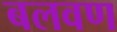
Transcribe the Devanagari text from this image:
बलवण